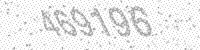
Solution: 469196